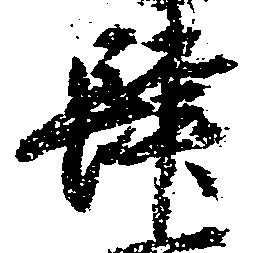
肆